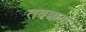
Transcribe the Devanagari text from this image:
तवक्कल